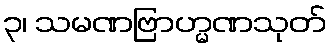
၃၊ သမဏဗြာဟ္မဏသုတ်